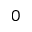
0